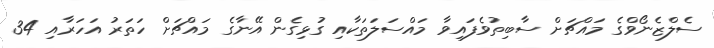
ސެލްޒެނޯވްގެ މައްޗަށް ސާބިތުވެފައިވާ މައްސަލަތަކާއި ގުޅިގެން އޭނާގެ މައްޗަށް ހަތަރު އަހަރާއި 34